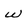
Character: w